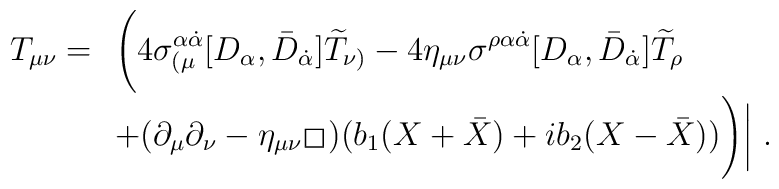
T_{\mu\nu}=\begin{array}[t]{l}\displaystyle{\Biggl(}4\sigma_{(\mu}^{\alpha{\dot{\alpha}}} [D_\alpha,{\bar D}_{\dot{\alpha}}]{\widetilde T}_{\nu)}-4\eta_{\mu\nu}\sigma^{\rho\alpha{\dot{\alpha}}} [D_\alpha,{\bar D}_{\dot{\alpha}}] {\widetilde T}_{\rho}\\[3mm]+(\partial_\mu\partial_\nu-\eta_{\mu\nu}\hspace{0.2ex}\raisebox{.5ex}{\fbox{}}\hspace{0.3ex})(b_1 (X+{\bar X})+ i b_2 (X-{\bar X}))\displaystyle{\Biggr)}\displaystyle{\biggl\vert}\ .\end{array}